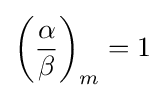
\left({\frac {\alpha }{\beta }}\right)_{m}=1